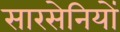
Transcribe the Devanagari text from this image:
सारसेनियों